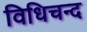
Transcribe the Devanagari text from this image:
विधिचन्द